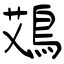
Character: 鴱